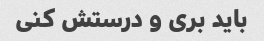
باید بری و درستش کنی